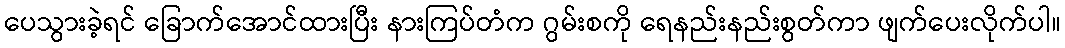
ပေသွားခဲ့ရင် ခြောက်အောင်ထားပြီး နားကြပ်တံက ဂွမ်းစကို ရေနည်းနည်းစွတ်ကာ ဖျက်ပေးလိုက်ပါ။